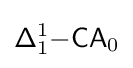
{\mathsf {\Delta }}_{1}^{1}{\mathsf {-CA}}_{0}